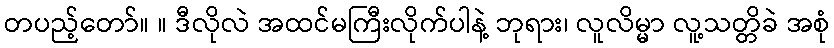
တပည့်တော်။ ။ ဒီလိုလဲ အထင်မကြီးလိုက်ပါနဲ့ ဘုရား၊ လူလိမ္မာ လူ့သတ္တိခဲ အစုံ